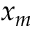
x _ { m }